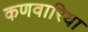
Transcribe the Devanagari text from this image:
कणवारिया